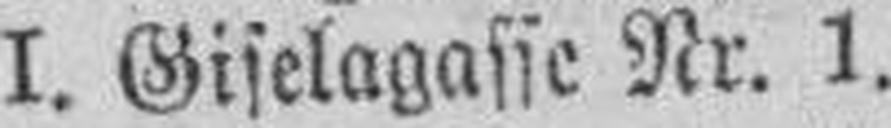
I. Giselagasse Nr. 1.